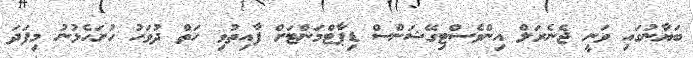
ބަޔާނުގައި ވަނީ ޖެނެރަލް އިންވެސްޓިގޭޝަންސް ޑިޕާޓްމަންޓަށް ފާއިތުވި ހަތް ދުވަހު ހުށަހެޅުނު މިފަދަ